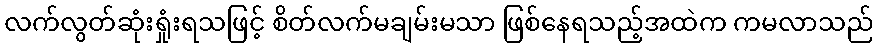
လက်လွတ်ဆုံးရှုံးရသဖြင့် စိတ်လက်မချမ်းမသာ ဖြစ်နေရသည့်အထဲက ကမလာသည်